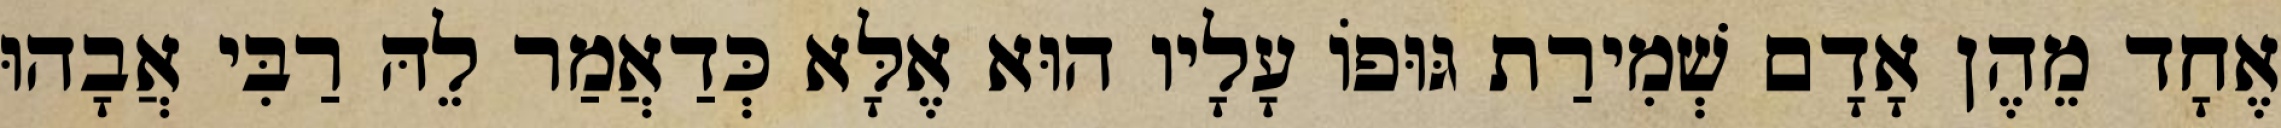
אֶחָד מֵהֶן אָדָם שְׁמִירַת גּוּפוֹ עָלָיו הוּא אֶלָּא כְּדַאֲמַר לֵהּ רַבִּי אֲבָהוּ